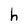
Character: h